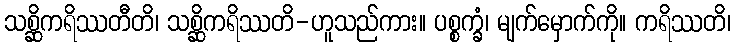
သစ္ဆိကရိဿတီတိ၊ သစ္ဆိကရိဿတိ-ဟူသည်ကား။ ပစ္စက္ခံ၊ မျက်မှောက်ကို။ ကရိဿတိ၊